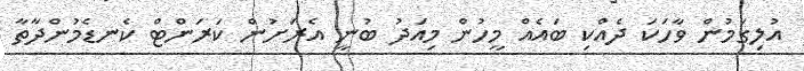
އުލިގަމުން ވާހަކަ ދެއްކި ބައެއް މީހުން މިއަދު ބުނީ އެރަށުން ކަރަންޓް ކެނޑެމުންދާތާ